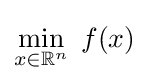
\min _{x\in \mathbb {R} ^{n}}\;f(x)